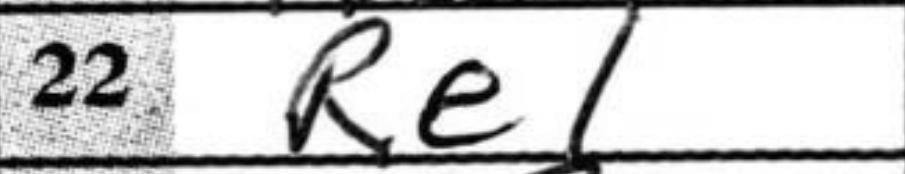
Transcription: Re1